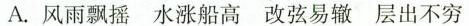
A. 风雨飘摇 水涨船高 改弦易辙 层出不穷